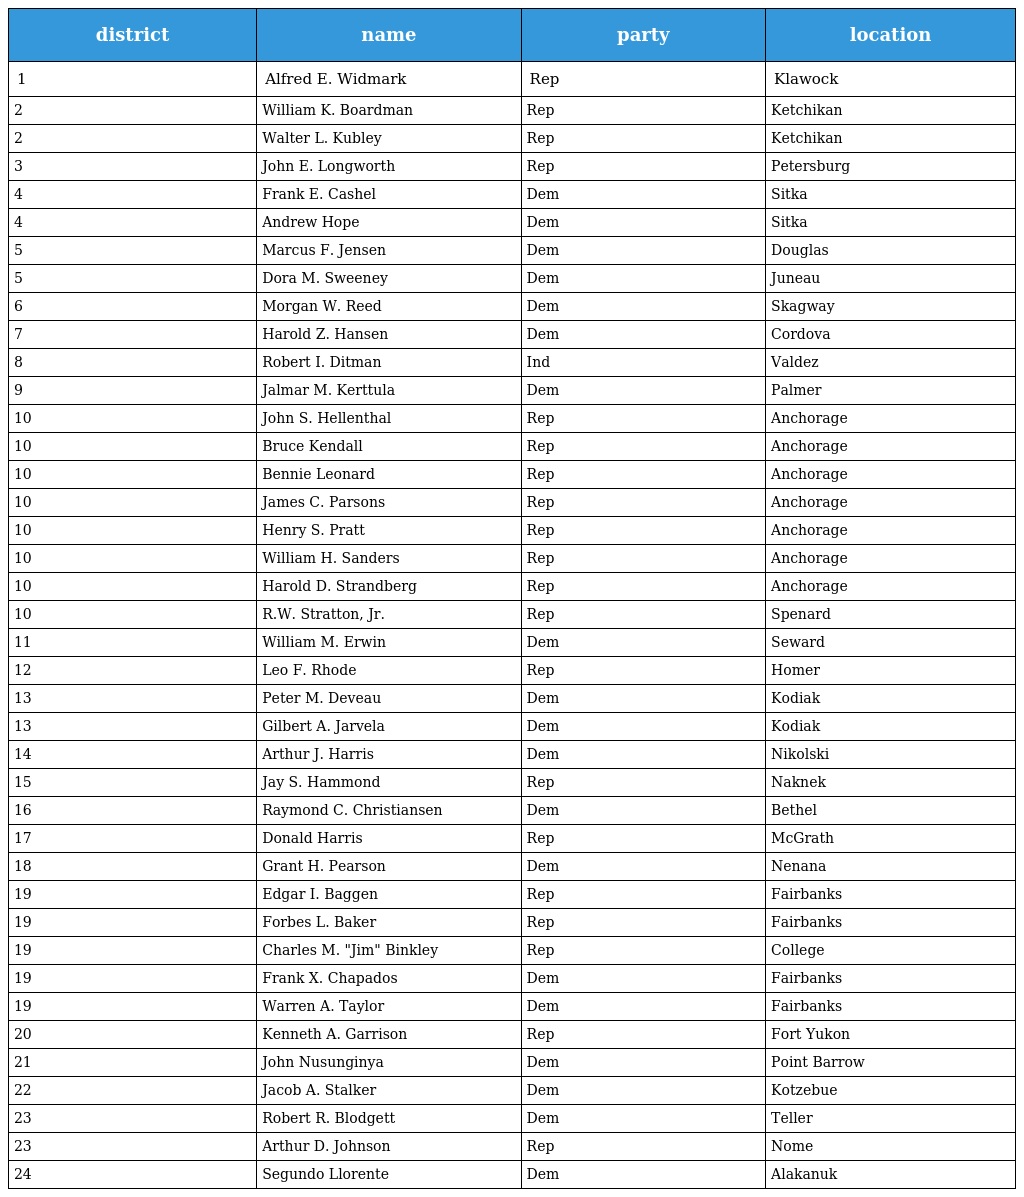
| district | name | party | location |
 | --- | --- | --- | --- |
 | 1 | Alfred E. Widmark | Rep | Klawock |
 | 2 | William K. Boardman | Rep | Ketchikan |
 | 2 | Walter L. Kubley | Rep | Ketchikan |
 | 3 | John E. Longworth | Rep | Petersburg |
 | 4 | Frank E. Cashel | Dem | Sitka |
 | 4 | Andrew Hope | Dem | Sitka |
 | 5 | Marcus F. Jensen | Dem | Douglas |
 | 5 | Dora M. Sweeney | Dem | Juneau |
 | 6 | Morgan W. Reed | Dem | Skagway |
 | 7 | Harold Z. Hansen | Dem | Cordova |
 | 8 | Robert I. Ditman | Ind | Valdez |
 | 9 | Jalmar M. Kerttula | Dem | Palmer |
 | 10 | John S. Hellenthal | Rep | Anchorage |
 | 10 | Bruce Kendall | Rep | Anchorage |
 | 10 | Bennie Leonard | Rep | Anchorage |
 | 10 | James C. Parsons | Rep | Anchorage |
 | 10 | Henry S. Pratt | Rep | Anchorage |
 | 10 | William H. Sanders | Rep | Anchorage |
 | 10 | Harold D. Strandberg | Rep | Anchorage |
 | 10 | R.W. Stratton, Jr. | Rep | Spenard |
 | 11 | William M. Erwin | Dem | Seward |
 | 12 | Leo F. Rhode | Rep | Homer |
 | 13 | Peter M. Deveau | Dem | Kodiak |
 | 13 | Gilbert A. Jarvela | Dem | Kodiak |
 | 14 | Arthur J. Harris | Dem | Nikolski |
 | 15 | Jay S. Hammond | Rep | Naknek |
 | 16 | Raymond C. Christiansen | Dem | Bethel |
 | 17 | Donald Harris | Rep | McGrath |
 | 18 | Grant H. Pearson | Dem | Nenana |
 | 19 | Edgar I. Baggen | Rep | Fairbanks |
 | 19 | Forbes L. Baker | Rep | Fairbanks |
 | 19 | Charles M. "Jim" Binkley | Rep | College |
 | 19 | Frank X. Chapados | Dem | Fairbanks |
 | 19 | Warren A. Taylor | Dem | Fairbanks |
 | 20 | Kenneth A. Garrison | Rep | Fort Yukon |
 | 21 | John Nusunginya | Dem | Point Barrow |
 | 22 | Jacob A. Stalker | Dem | Kotzebue |
 | 23 | Robert R. Blodgett | Dem | Teller |
 | 23 | Arthur D. Johnson | Rep | Nome |
 | 24 | Segundo Llorente | Dem | Alakanuk |